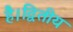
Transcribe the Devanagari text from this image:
है।द्वितीय